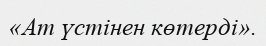
«Ат үстінен көтерді».